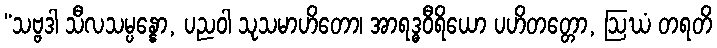
“သဗ္ဗဒါ သီလသမ္ပန္နော, ပညဝါ သုသမာဟိတော၊ အာရဒ္ဓဝီရိယော ပဟိတတ္တော, ဩဃံ တရတိ